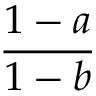
\frac { 1 - a } { 1 - b }